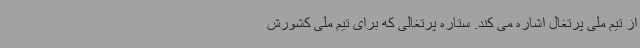
از تیم ملی پرتغال اشاره می کند. ستاره پرتغالی که برای تیم ملی کشورش